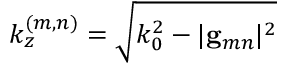
k _ { z } ^ { ( m , n ) } = \sqrt { k _ { 0 } ^ { 2 } - | { \bf g } _ { m n } | ^ { 2 } }